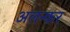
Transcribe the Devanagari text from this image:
अलन्कर